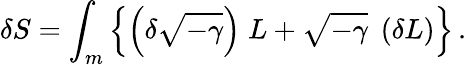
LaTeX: \delta S=\int_{m}\left\{ \left(\delta\sqrt{-\gamma}\right)\; L+\sqrt{-\gamma}\; \left(\delta L\right)\right\} \, .